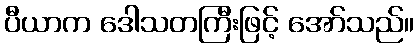
ပီယာက ဒေါသတကြီးဖြင့် အော်သည်။